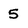
Character: 5